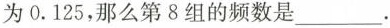
为0.125，那么第8组的频数是___.